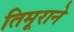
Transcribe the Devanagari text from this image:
तिमूराने